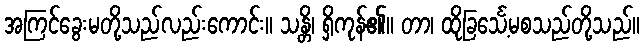
အကြင်ခွေးမတို့သည်လည်းကောင်း။ သန္တိ၊ ရှိကုန်၏။ တာ၊ ထိုခြင်္သေ့မစသည်တို့သည်။